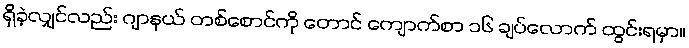
ရှိခဲ့လျှင်လည်း ဂျာနယ် တစ်စောင်ကို တောင် ကျောက်စာ ၁၆ ချပ်လောက် ထွင်းရမှာ။